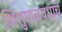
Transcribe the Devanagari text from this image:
शिशुपाळवधाचे